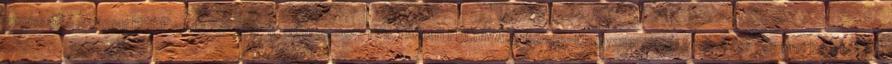
azonosító száma: KEOP-2.1.1 2F 09-11-2011-0005 PÁLYÁZATI FELHÍVÁS. Közép-Magyarországi Operatív Program keretében.